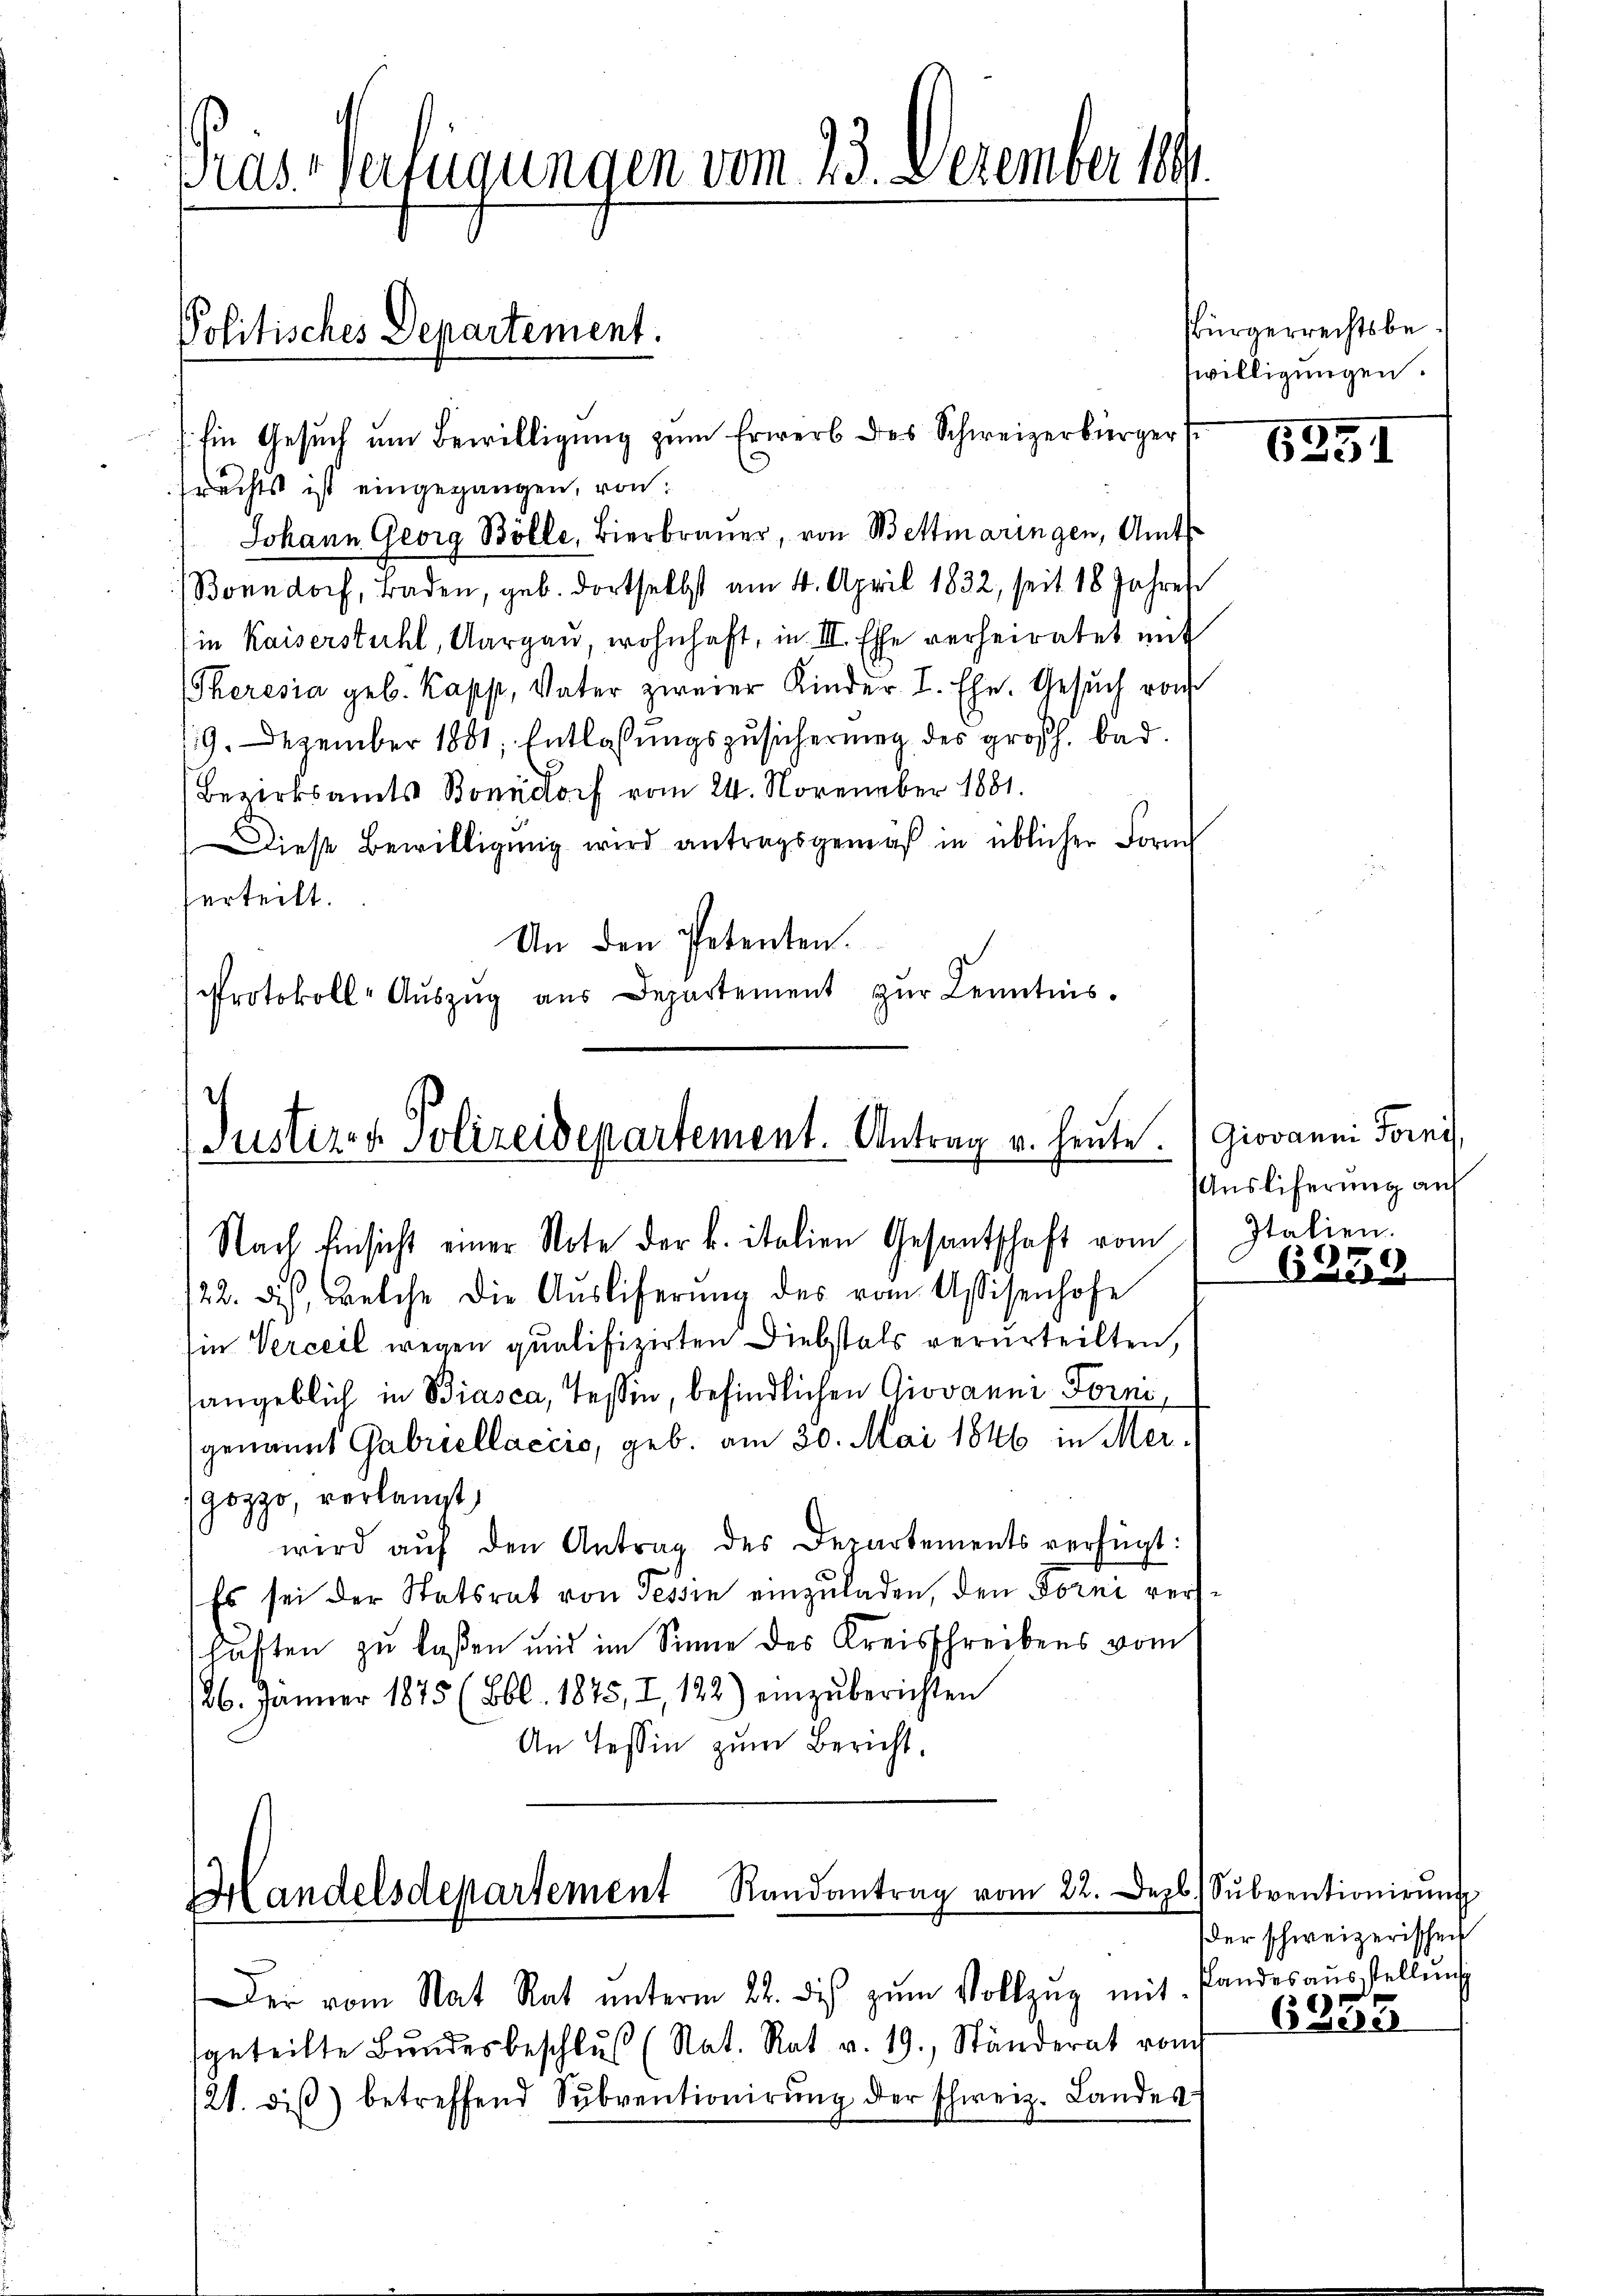
Pras-Verfügungen vom 23. Dezember 189

Politisches Departement.

Ein Gesuch um Bewilligung zum Erwerb des Schweizerbürger
rechts ist eingegangen, von
Johann Georg Bölle, Bierbrauer, von Bettmaringen, Amts
Bonndorf, Baden, geb. dortselbst am 4. April 1832, seit 18 Jahren
in Kaiserstuhl, Aargau, wohnhaft, in III. Esse verheiratet mit
Theresia geb. Kapp, Vater zweier Kinder L. Ehe. Gesuch von
19. Dezember 1881, Entlassungszusicherung des großh. bad.
Bezirksamts Bonndorf vom 24. November 1881.
Diese Bewilligŭng wird antragsgemäß in üblicher Form
herteilt.
An den Petenten.
Protokoll-Aŭszŭg aŭs Departement zŭr Kenntnis.

Justiz- & Polizeidepartement. Antrag u. heute.
Nach Einsicht einer Note der k. italien Gesantschaft vom

/22. das, welche die Ausliferung des vom Assisenhofe
Ein Verceil wegen qualifizirten Diebstals verurteilten,
sangeblich in Biasca, Tessin, befindlichen Giovanni Forni
genannt Gabriellaccio, geb. am 30. Mai 1846 in Merozzo, verlangt,
wird aŭf den Antrag des Departements verfügt:
Es sei der Statsrat von Tessin einzŭladen, den Forni verslaften zu laßen und im Sinne des Kreisschreibens vom
26. Jänner 1875 (Bbl. 1845, I, 122) einzŭberichten
An Tessin zum Bericht.

Handelsdepartement Randantrag vom 22. Dezb. Sŭbventionirung

Der vom Rat Rat ŭnterm 22. des zŭm Vollzug mit Pandesaŭsstellŭng
geteilte Bŭndesbeschlŭβ (Nat. Rat v. 19. Ständerat vom
21. diβ) betreffend Subventionirŭng der schweiz. Landes-

sbürgerrechtsbewilligungen.

6251

Giovanni Fornis,
Auslieferung auf
Italien.

6259

der schweizerischen
6355